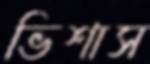
ভিশাস